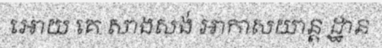
អោយ គេ សាងសង់ អាកាសយាន្ត ដ្ឋាន